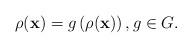
LaTeX: \begin{align*}\rho(\mathbf{x})=g\left(\rho(\mathbf{x})\right), g\in G.\end{align*}